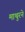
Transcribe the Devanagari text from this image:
माथुरने